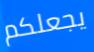
يجعلكم